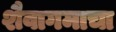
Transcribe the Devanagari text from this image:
शैवागमाचा